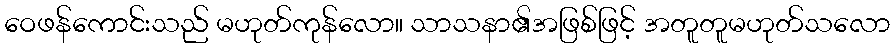
ဝေဖန်ကောင်းသည် မဟုတ်ကုန်လော။ သာသနာ၏အဖြစ်ဖြင့် အတူတူမဟုတ်သလော